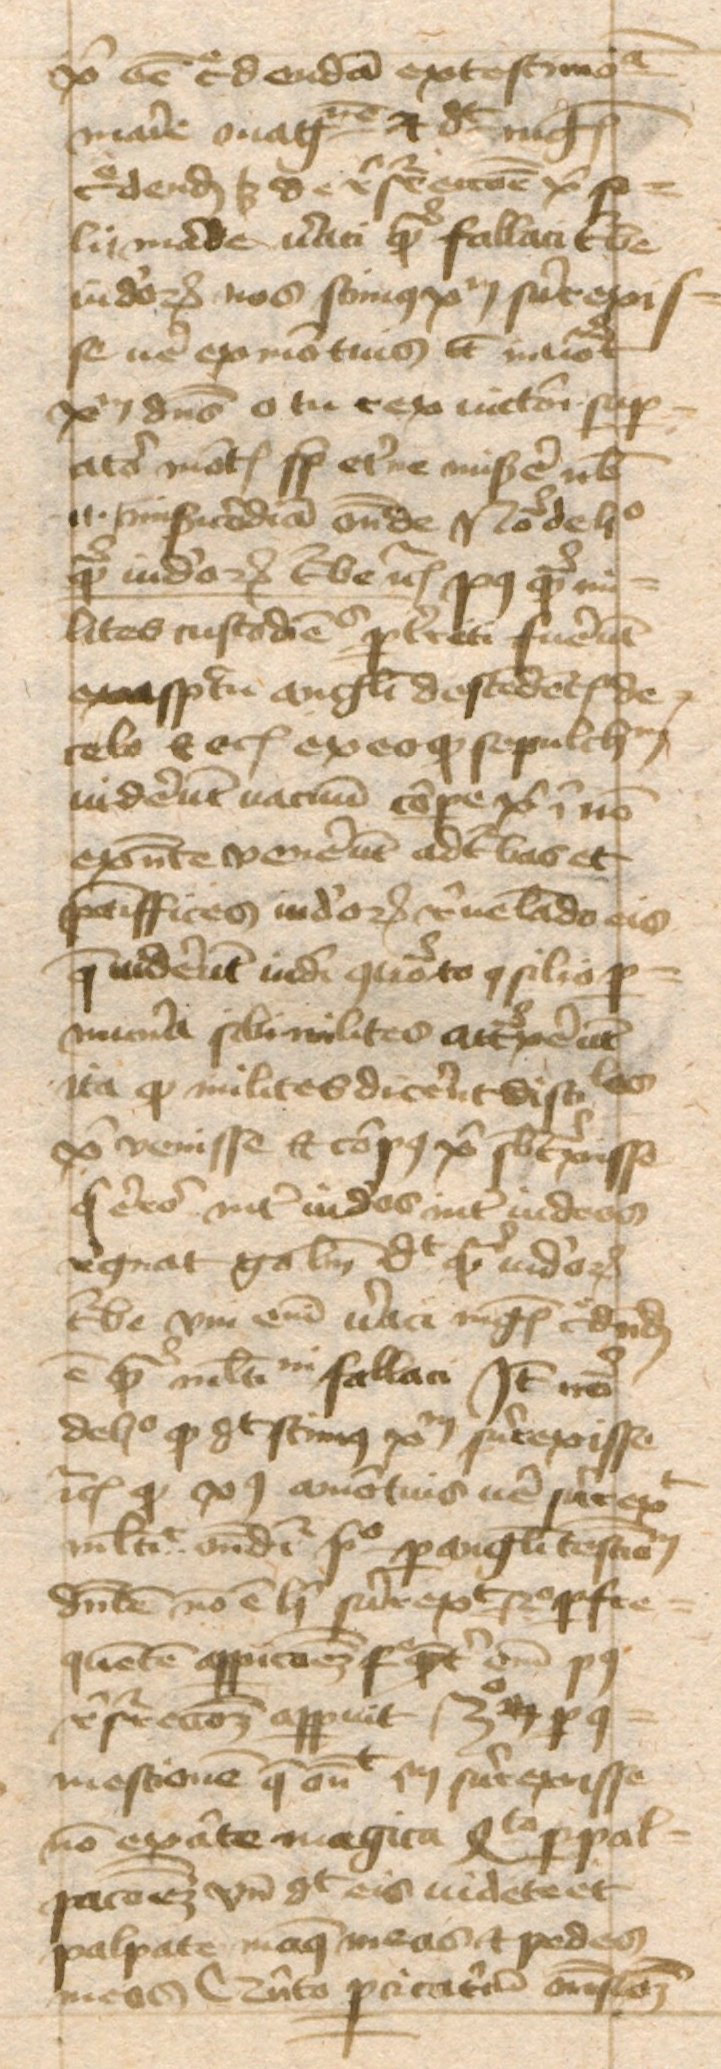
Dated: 1443–1443